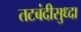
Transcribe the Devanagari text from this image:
तटबंदीसुध्दा